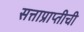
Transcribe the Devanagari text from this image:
सत्ताप्राप्तीची